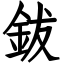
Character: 鈸